Report on vaccination in Madras 1877-1894 - 1877-1894
Year: 1877
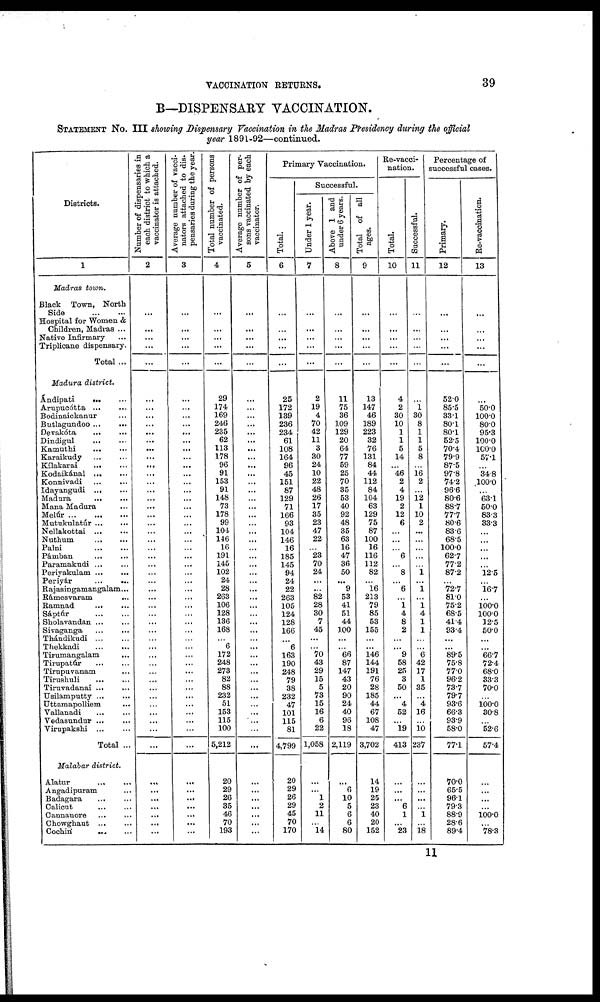
VACCINATION RETURNS.
39
B—DISPENSARY VACCINATION.
STATEMENT No. III showing Dispensary Vaccination in the Madras Presidency during the official
year 1891-92—continued.
Districts.
1
Madras town.
Black Town, North
Side
...
...
Hospital for Women &
Children, Madras ...
Native Infirmary ...
Triplicane dispensary.
Total ...
Madura district.
Ándipati ... ...
Arupucótta
...
...
Bodinaickanur ...
Butlagundoo ... ...
Devakóta
...
...
Dindigul
...
...
Kamuthi
...
...
Karaikudy ... ...
Kílakarai
...
...
Kodaikánal ... ...
Konnivadi
...
...
Idayangudi
...
...
Madura
...
...
Mana Madura ...
Melúr
...
...
...
Mutukulatúr ... ...
Nellakottai
...
...
Nuthum
...
...
Palni
...
...
Pámban
...
...
Paramakudi ... ...
Periyakulam ... ...
Periyár
...
...
Rajasingamangalam...
Rámesvaram
...
Ramnad
...
...
Sáptúr
...
...
Sholavandan ... ...
Sivaganga
...
...
Thándikudi
...
...
Thekkadi
...
...
Tirumangalam ...
Tirupatúr ... ...
Tirupuvanam ...
Tirushuli
...
...
Tiruvadanai ... ...
Usilamputty ... ...
Uttamapolliem ...
Vallanadi ... ...
Vedasundur ... ...
Virupakshi
...
...
Total ...
Malabar district.
Alatur ... ...
Angadipuram ...
Badagara ... ...
Calicut ... ...
Cannanore ... ...
Chowghaut
...
...
Cochin ... ...
Number of dispensaries in
each district to which a
vaccinator is attached.
2
...
...
...
...
...
...
...
...
...
...
...
...
...
...
...
...
...
...
...
...
...
...
...
...
...
...
...
...
...
...
...
...
...
...
...
...
...
...
...
...
...
...
...
...
...
...
...
...
...
...
...
...
...
...
Average number of vacci-
nators attached to dis-
pensaries during the year.
3
...
...
...
...
...
...
...
...
...
...
...
...
...
...
...
...
...
...
...
...
...
...
...
...
...
...
...
...
...
...
...
...
...
...
...
...
...
...
...
...
...
...
...
...
...
...
...
...
...
...
...
...
...
...
Total number of persons
vaccinated.
4
...
...
...
...
...
29
174
169
246
235
62
113
178
96
91
153
91
148
73
178
99
104
146
16
191
145
102
24
28
263
106
128
136
168
...
6
172
248
273
82
88
232
51
153
115
100
5,212
20
29
26
35
46
70
193
Average number of per-
sons vaccinated by each
vaccinator.
5
...
...
...
...
...
...
...
...
...
...
...
...
...
...
...
...
...
...
...
...
...
...
...
...
...
...
...
...
...
...
...
...
...
...
...
...
...
...
...
...
...
...
...
...
...
...
...
...
...
...
...
...
...
...
Primary Vaccination.
Total.
6
...
...
...
...
...
25
172
139
236
234
61
108
164
96
45
151
87
129
71
166
93
104
146
16
185
145
94
24
22
263
105
124
128
166
...
6
163
190
248
79
38
232
47
101
115
81
4,799
20
29
26
29
45
70
170
Successful.
Under 1 year.
7
...
...
...
...
...
2
19
4
70
42
11
3
30
24
10
22
48
26
17
35
23
47
22
...
23
70
24
...
...
82
28
30
7
45
...
...
70
43
29
15
5
73
15
16
6
22
1,058
...
...
1
2
11
...
14
Above 1 and
under 6 years.
8
...
...
...
...
...
11
75
36
109
129
20
64
77
59
25
70
35
53
40
92
48
35
63
16
47
36
50
...
9
53
41
51
44
100
...
...
66
87
147
43
20
90
24
40
96
18
2,119
...
6
10
5
6
6
80
Total of all
ages.
9
...
...
...
...
...
13
147
46
189
223
32
76
131
84
44
112
84
104
63
129
75
87
100
16
116
112
82
...
16
213
79
85
53
155
...
...
146
144
191
76
28
185
44
67
108
47
3,702
14
19
25
23
40
20
152
Re-vacci-
nation.
Total.
10
...
...
...
...
...
4
2
30
10
1
1
5
14
...
46
2
4
19
2
12
6
...
...
...
6
...
8
...
6
...
1
4
8
2
...
...
9
58
25
3
50
...
4
52
...
19
413
...
...
...
6
1
...
23
Successful.
11
...
...
...
...
...
...
1
30
8
1
1
5
8
...
16
2
...
12
1
10
2
...
...
...
...
...
1
...
1
...
1
4
1
1
...
...
6
42
17
1
35
...
4
16
...
10
237
...
...
...
...
1
...
18
Percentage of
successful cases.
Primary.
12
...
...
...
...
...
52.0
85.5
33.1
80.1
80.1
52.5
70.4
79.9
87.5
97.8
74.2
96.6
80.6
88.7
77.7
80.6
83.6
68.5
100.0
62.7
77.2
87.2
...
72.7
81.0
75.2
68.5
41.4
93.4
...
...
89.5
75.8
77.0
96.2
73.7
79.7
93.6
66.3
93.9
58.0
77.1
70.0
65.5
96.1
79.3
88.9
28.6
89.4
Re-vaccination.
13
...
...
...
...
...
...
50.0
100.0
80.0
95.3
100.0
100.0
57.1
...
34.8
100.0
...
63.1
50.0
83.3
33.3
...
...
...
...
...
12.5
...
16.7
...
100.0
100.0
12.5
50.0
...
...
66.7
72.4
68.0
33.3
70.0
...
100.0
30.8
...
52.6
57.4
...
...
...
...
100.0
...
78.3
11